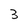
Character: 3